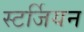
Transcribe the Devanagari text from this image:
स्टर्जियन